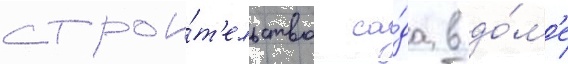
строи́т'ельство са́да в до́м'е